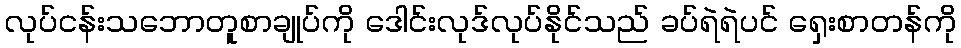
လုပ်ငန်းသဘောတူစာချုပ်ကို ဒေါင်းလုဒ်လုပ်နိုင်သည် ခပ်ရဲရဲပင် ရှေးစာတန်ကို